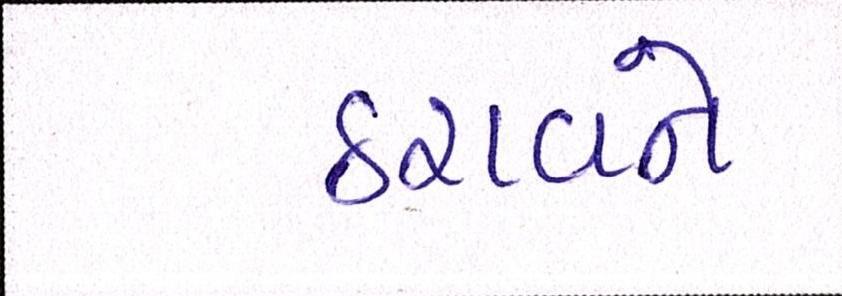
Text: ઠરાવને